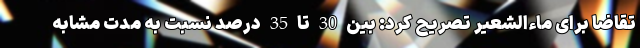
تقاضا برای ماءالشعیر تصریح کرد: بین 30 تا 35 درصد نسبت به مدت مشابه